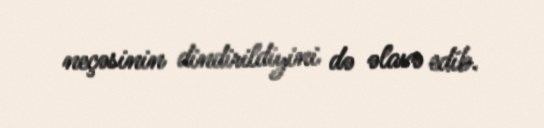
neçəsinin dindirildiyini də əlavə edib.